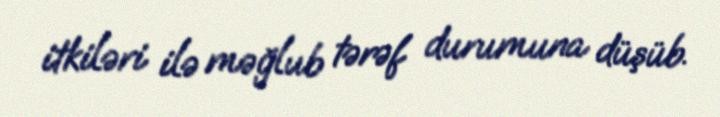
itkiləri ilə məğlub tərəf durumuna düşüb.